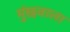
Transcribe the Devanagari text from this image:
मुंछवाला